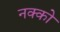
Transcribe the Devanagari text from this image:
नक्को